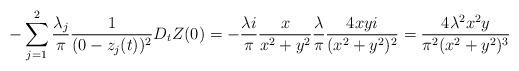
LaTeX: \begin{align*}-\sum_{j=1}^2 \frac{\lambda_j }{\pi}\frac{1}{(0-z_j(t))^2}D_tZ(0)=-\frac{\lambda i}{\pi}\frac{x}{x^2+y^2}\frac{\lambda}{\pi}\frac{4xyi}{(x^2+y^2)^2}=\frac{4\lambda^2 x^2y}{\pi^2 (x^2+y^2)^3}\end{align*}